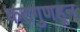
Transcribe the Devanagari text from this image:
कटगुणहून